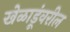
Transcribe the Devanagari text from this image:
खेळाडूंवरील